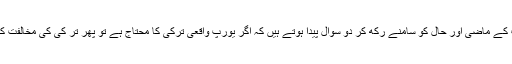
ترکی اور یورپ کے ماضی اور حال کو سامنے رکھ کر دو سوال پیدا ہوتے ہیں کہ اگر یورپ واقعی ترکی کا محتاج ہے تو پھر تر کی کی مخالفت کیوں کر رہا ہے؟